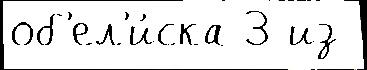
об'ел'и́ска 3 из